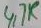
Text: 4,7K